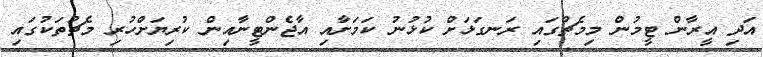
އަދި އީރާން ޓީމުން މިމެޗުގައި ރަނގަޅަށް ކުޅުނު ކަމަށާއި އާޖެންޓީނާއިން ކުރިޔަށްހުރި މެޗުތަކުގައި